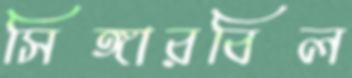
সিঙ্গারবিল